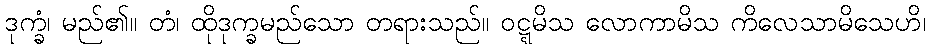
ဒုက္ခံ၊ မည်၏။ တံ၊ ထိုဒုက္ခမည်သော တရားသည်။ ဝဋ္ဋမိသ လောကာမိသ ကိလေသာမိသေဟိ၊